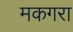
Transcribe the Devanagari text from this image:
मकगरा